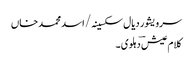
سرویشور دیال سکسینہ/ اسد محمد خاں
کلام عیش ؔدہلوی ۔